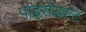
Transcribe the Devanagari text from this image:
पाइरोडस्ट